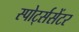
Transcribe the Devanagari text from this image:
स्पोर्ट्ससेंटर